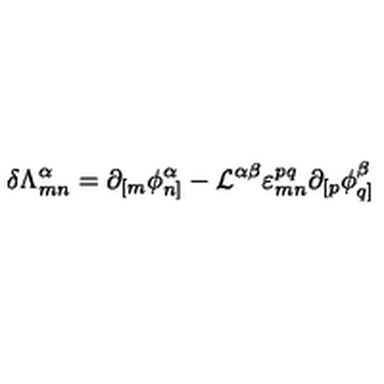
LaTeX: \delta { \Lambda } _ { m n } ^ { \alpha } = \partial _ { [ m } \phi _ { n ] } ^ { \alpha } - { \cal L } ^ { \alpha \beta } \varepsilon _ { m n } ^ { p q } \partial _ { [ p } \phi _ { q ] } ^ { \beta }